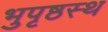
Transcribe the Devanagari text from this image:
भुपृष्ठस्थ